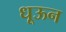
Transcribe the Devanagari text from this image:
धूऊन